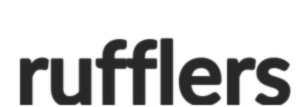
rufflers